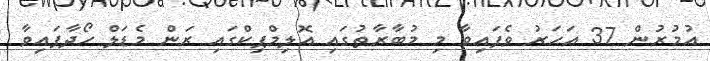
އުމުރުން 37 އަހަރު ވެފައިވާ މި މުބާރާތުގައި އޮލިމްޕިކްގައި ރަން މެޑަލް ހޯދާފައިވާ